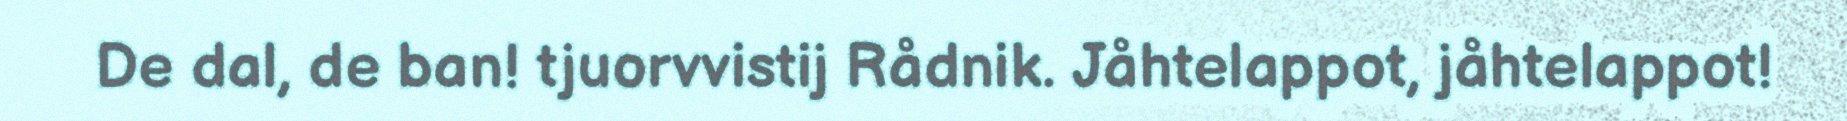
De dal, de ban! tjuorvvistij Rådnik. Jåhtelappot, jåhtelappot!